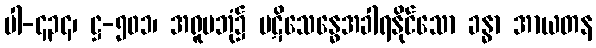
ပါ-၄၃၄၊ ဋ္ဌ-၅၀၁၊ အရူပဘုံ၌ ပဋိသေန္ဓေအခါရနိုင်သော ခန္ဓာ အာယတန